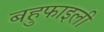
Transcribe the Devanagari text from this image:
बहुफाइली